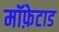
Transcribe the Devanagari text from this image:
मॉफ़ेटाड